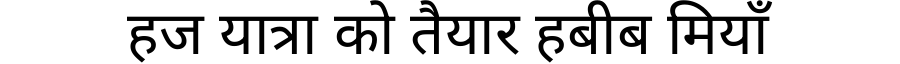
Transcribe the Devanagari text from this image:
हज यात्रा को तैयार हबीब मियाँ